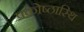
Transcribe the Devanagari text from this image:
प्रकोष्ठास्थि